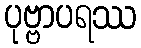
ပုဗ္ဗာပရဿ